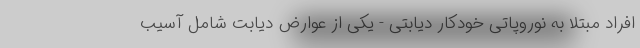
افراد مبتلا به نوروپاتی خودکار دیابتی - یکی از عوارض دیابت شامل آسیب